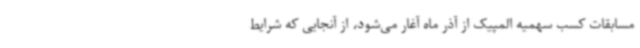
مسابقات کسب سهمیه المپیک از آذر ماه آغار می‌شود، از آنجایی که شرایط